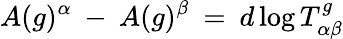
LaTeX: A(g)^{\alpha}\: -\: A(g)^{\beta}\: =\: d\log T_{\alpha\beta}^{g}